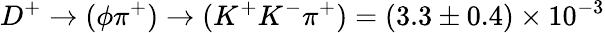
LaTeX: D^{+}\rightarrow(\phi\pi^{+})\rightarrow(K^{+}K^{-}\pi^{+})=(3.3\pm 0.4)\times 10^{-3}